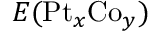
E ( \mathrm { P t } _ { x } \mathrm { C o } _ { y } )